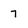
Character: 7